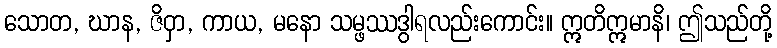
သောတ, ဃာန, ဇိဝှာ, ကာယ, မနော သမ္ဖဿဒွါရလည်းကောင်း။ ဣတိဣမာနိ၊ ဤသည်တို့